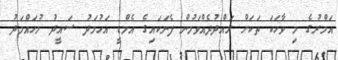
އަމްރުގެ މި ވާހަކަ ތަކަށް ރައްދުދެއްވަމުން ފެނަކައިގެ އެމްޑީ އަހުމަދު ސައީދު މުހައްމަދު